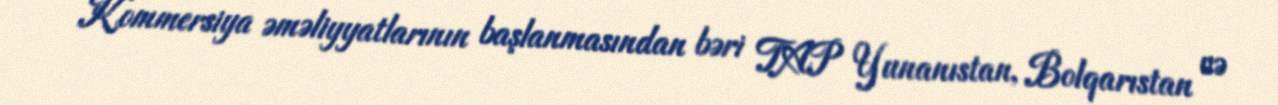
Kommersiya əməliyyatlarının başlanmasından bəri TAP Yunanıstan, Bolqarıstan və